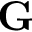
\mathbf { G }